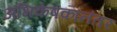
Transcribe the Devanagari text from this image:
अभिकेषकानंतर